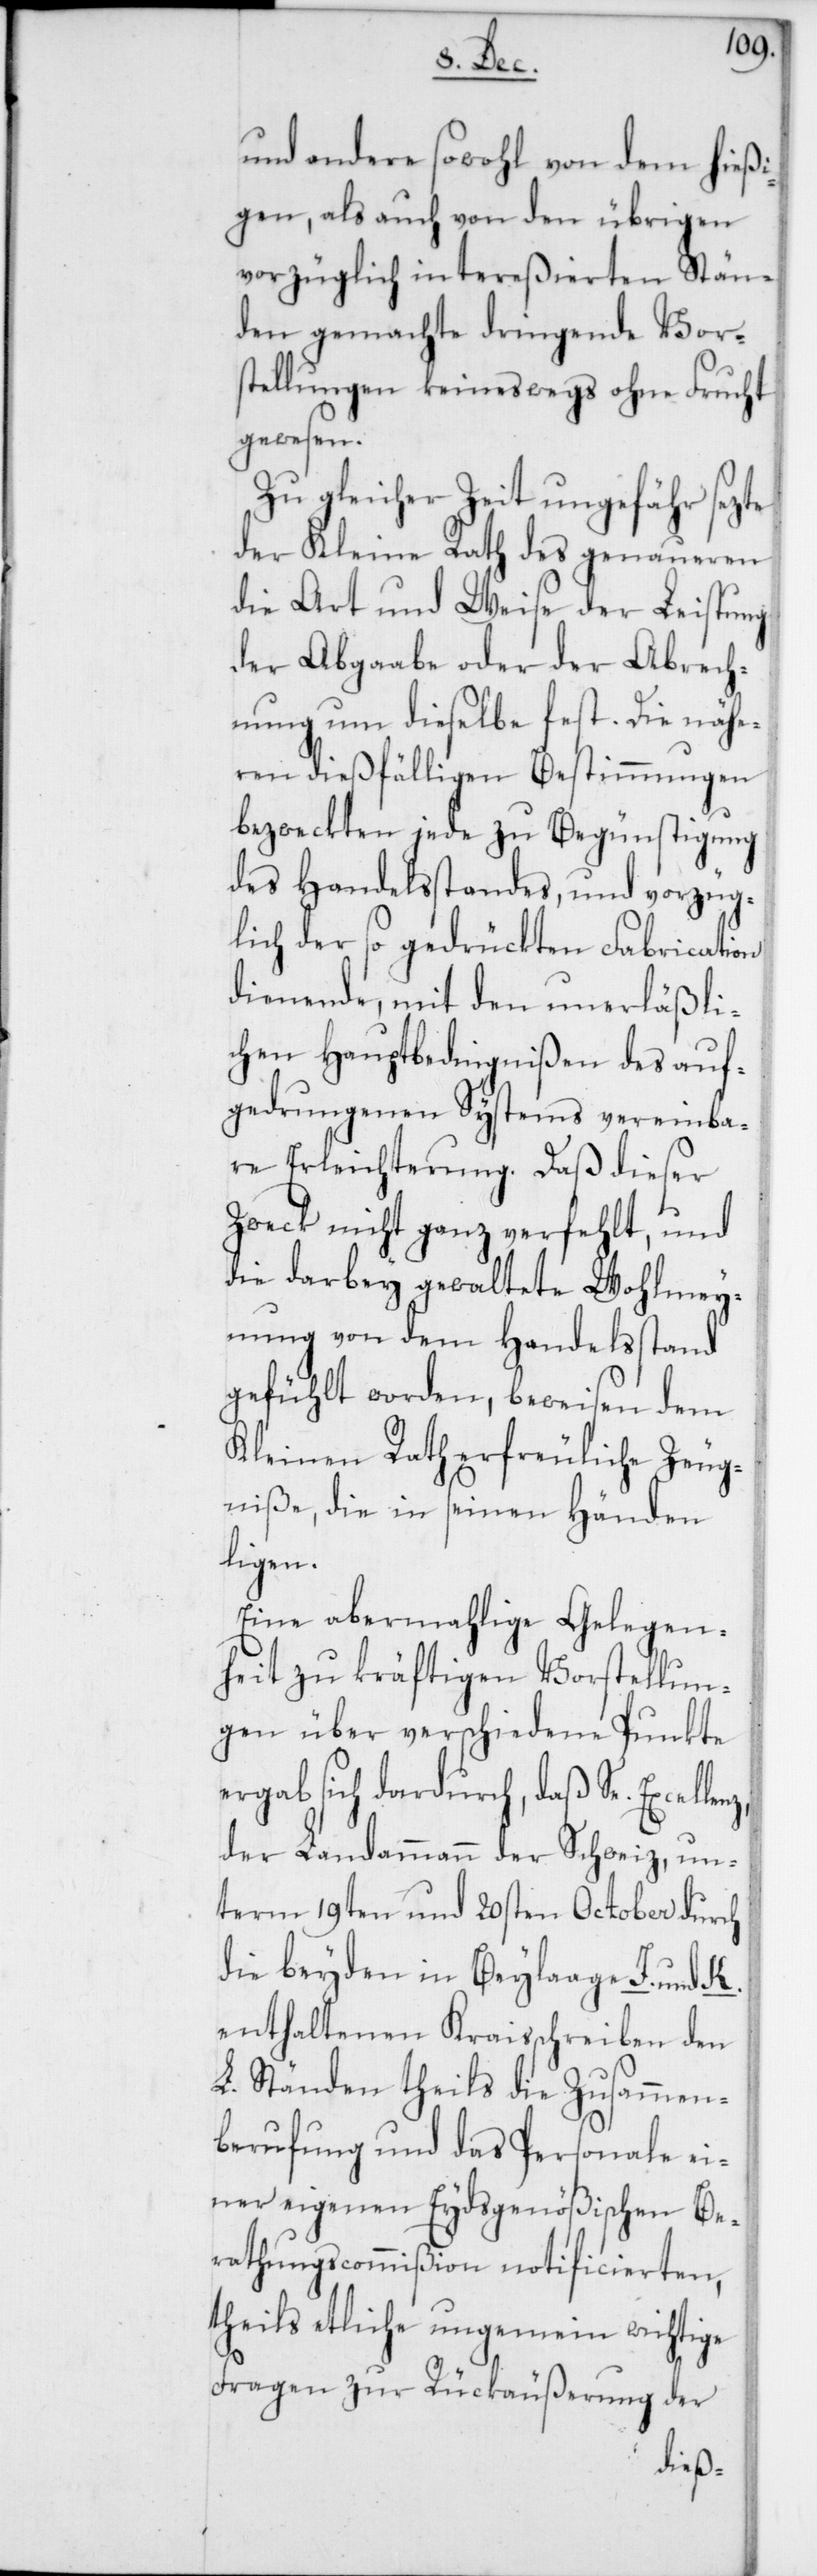
und andere sowohl von dem hießi¬
gen, als auch von den übrigen
vorzüglich intereßierten Stän¬
den gemachte dringende Vor¬
stellungen keineswegs ohne Frucht
gewesen.
Zu gleicher Zeit ungefähr sezte
der Kleine Rath des genaueren
die Art und Weise der Leistung
der Abgabe oder der Abrech¬
nung um dieselbe fest. Die nähe¬
ren dießfälligen Bestimmungen
bezweckten jede zu Begünstigung
des Handelsstandes, und vorzüg¬
lich der so gedrückten Fabrication
dienende, mit den unerläßli¬
chen Hauptbedingnißen des auf¬
gedrungenen Systems vereinba¬
re Erleichterung. Daß dieser
Zweck nicht ganz verfehlt, und
die darbey gewaltete Wohlmey¬
nung von dem Handelsstand
gefühlt worden, beweisen dem
Kleinen Rath erfreuliche Zeug¬
niße, die in seinen Händen
lenz,
Eine abermahlige Gelegen¬
heit zu kräftigen Vorstellun¬
gen über verschiedene Punkte
ergab sich dardurch, daß Se. Excel¬
der Landammann der Schweiz, un¬
term 19ten und 20sten October durch
die beyden in Beylage J. und K.
enthaltenen Kraisschreiben den
L. Ständen theils die Zusammen¬
berufung und das Personale ei¬
ner eigenen Eydsgenößischen Be¬
rathungscommißion notificierten,
theils etliche ungemein wichtige
Fragen zur Rükäußerung der